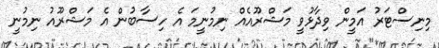
މިނިސްޓަރު އަމީން ވިދާޅުވީ މަޝްރޫއެއް ނިމުނީމަ އެ ހިސާބުން އެ މަޝްރޫއު ނިމުނީ